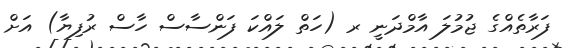
ފަރާތެއްގެ ޖުމުލަ އާމްދަނީ ރ (ހަތް ލައްކަ ފަންސާސް ހާސް ރުފިޔާ) އަށް